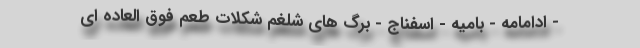
- ادامامه - بامیه - اسفناج - برگ های شلغم شکلات طعم فوق العاده ای